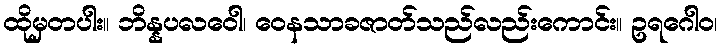
ထိုမှတပါး။ ဘိန္နပလဝေါ၊ ဝေနသာခဇာတ်သည်လည်းကောင်း။ ဥရဂေါဝ၊